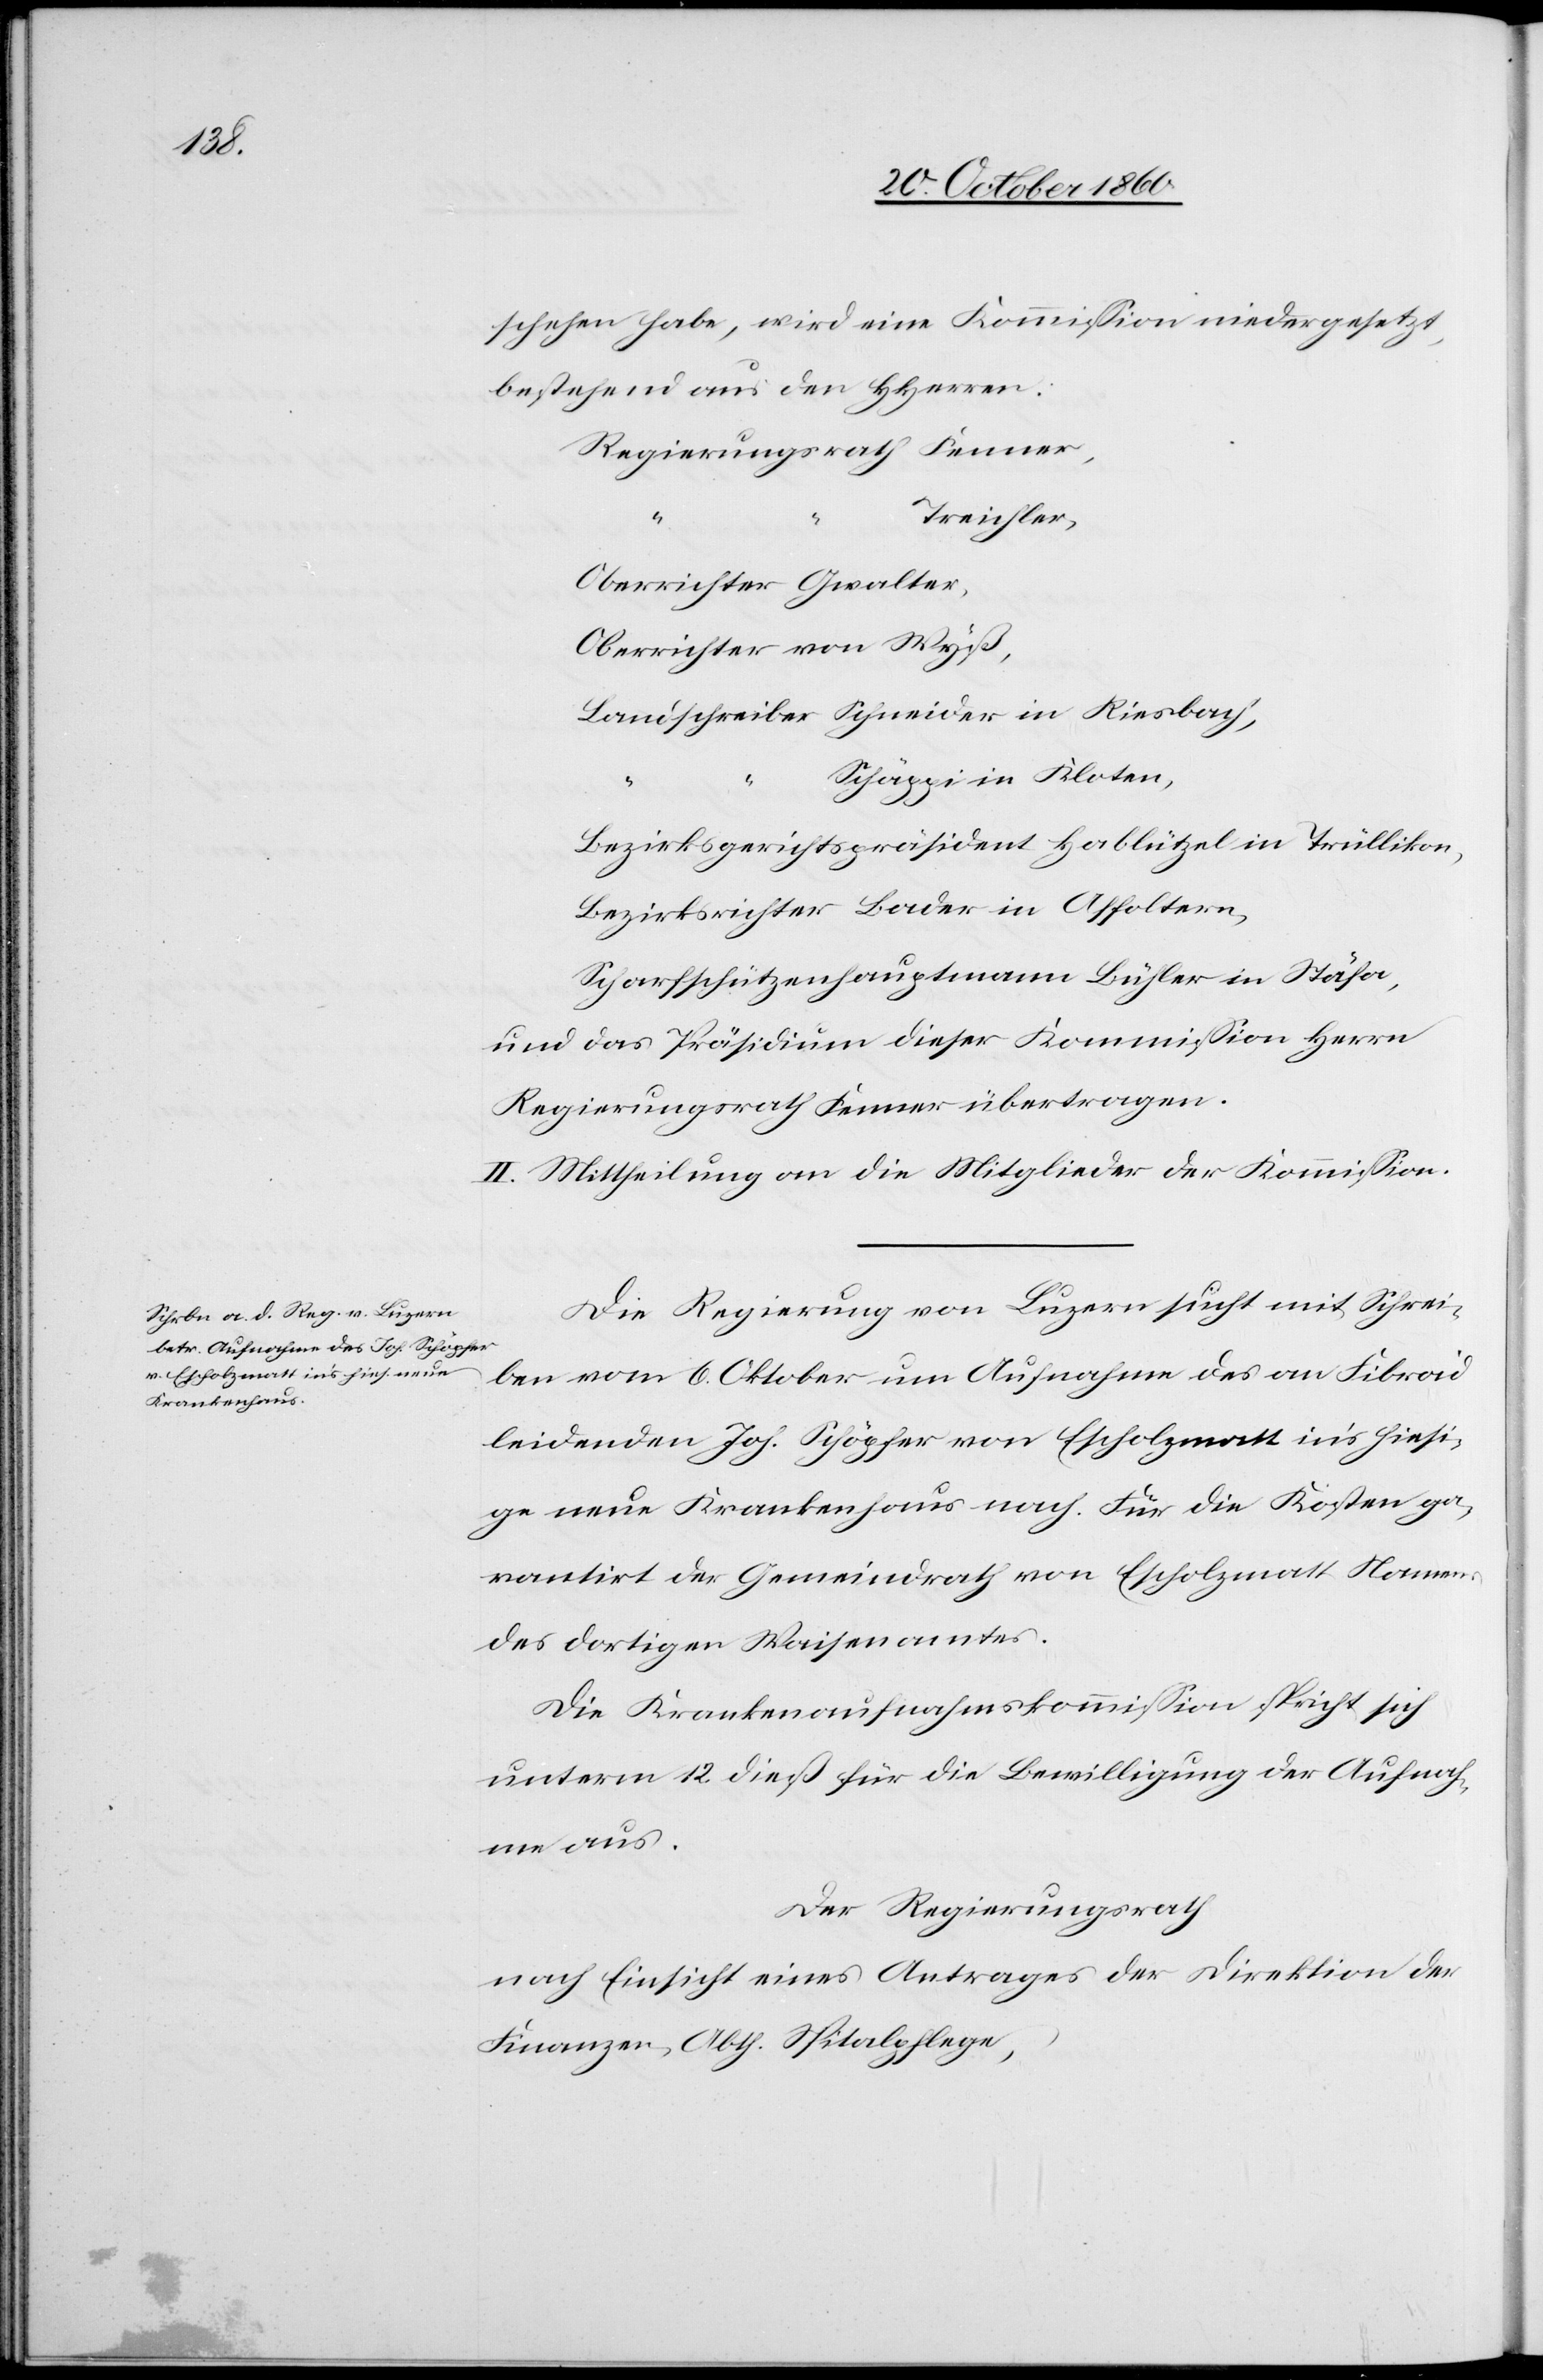
schehen habe, wird eine Kommission niedergesetzt,
bestehend aus den Herren:
Treichler,
Oberrichter Gwalter,
Oberrichter von Wyß,
Schäppi in Kloten,
Bezirksgerichtspräsident Hablützel in Trüllikon
Bezirksrichter Bader in Affoltern,
Scharfschützenhauptmann Bühler in Stäfa,
und das Präsidium dieser Kommission Herrn
Regierungsrath Fenner übertragen.
II. Mittheilung an die Mitglieder der Kommission.
Die Regierung von Luzern sucht mit Schrei¬
ben vom 6. Oktober um Aufnahme des an Fibrad
leidenden Joh. Schöpfer von Escholzmatt in’s hiesi¬
ge neue Krankenhaus nach. Für die Kosten ga¬
rantirt der Gemeindrath von Escholzmatt Namens
des dortigen Waisenamtes.
Die Krankenaufnahmskommission spricht sich
unterm 12. dieß für die Bewilligung der Aufnah¬
me aus.
Der Regierungsrath
nach Einsicht eines Antrages der Direktion der
Finanzen, Abth. Spitalpflege,